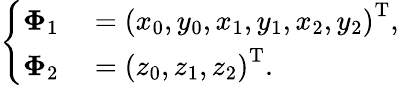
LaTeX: \left\{ \begin{array}{rl}{\mathbf{\Phi}_{1}}&{{}=\left(x_{0},y_{0},x_{1},y_{1},x_{2},y_{2}\right)^{\mathrm{T}},}\\ {\mathbf{\Phi}_{2}}&{{}=\left(z_{0},z_{1},z_{2}\right)^{\mathrm{T}}.}\end{array}\right.